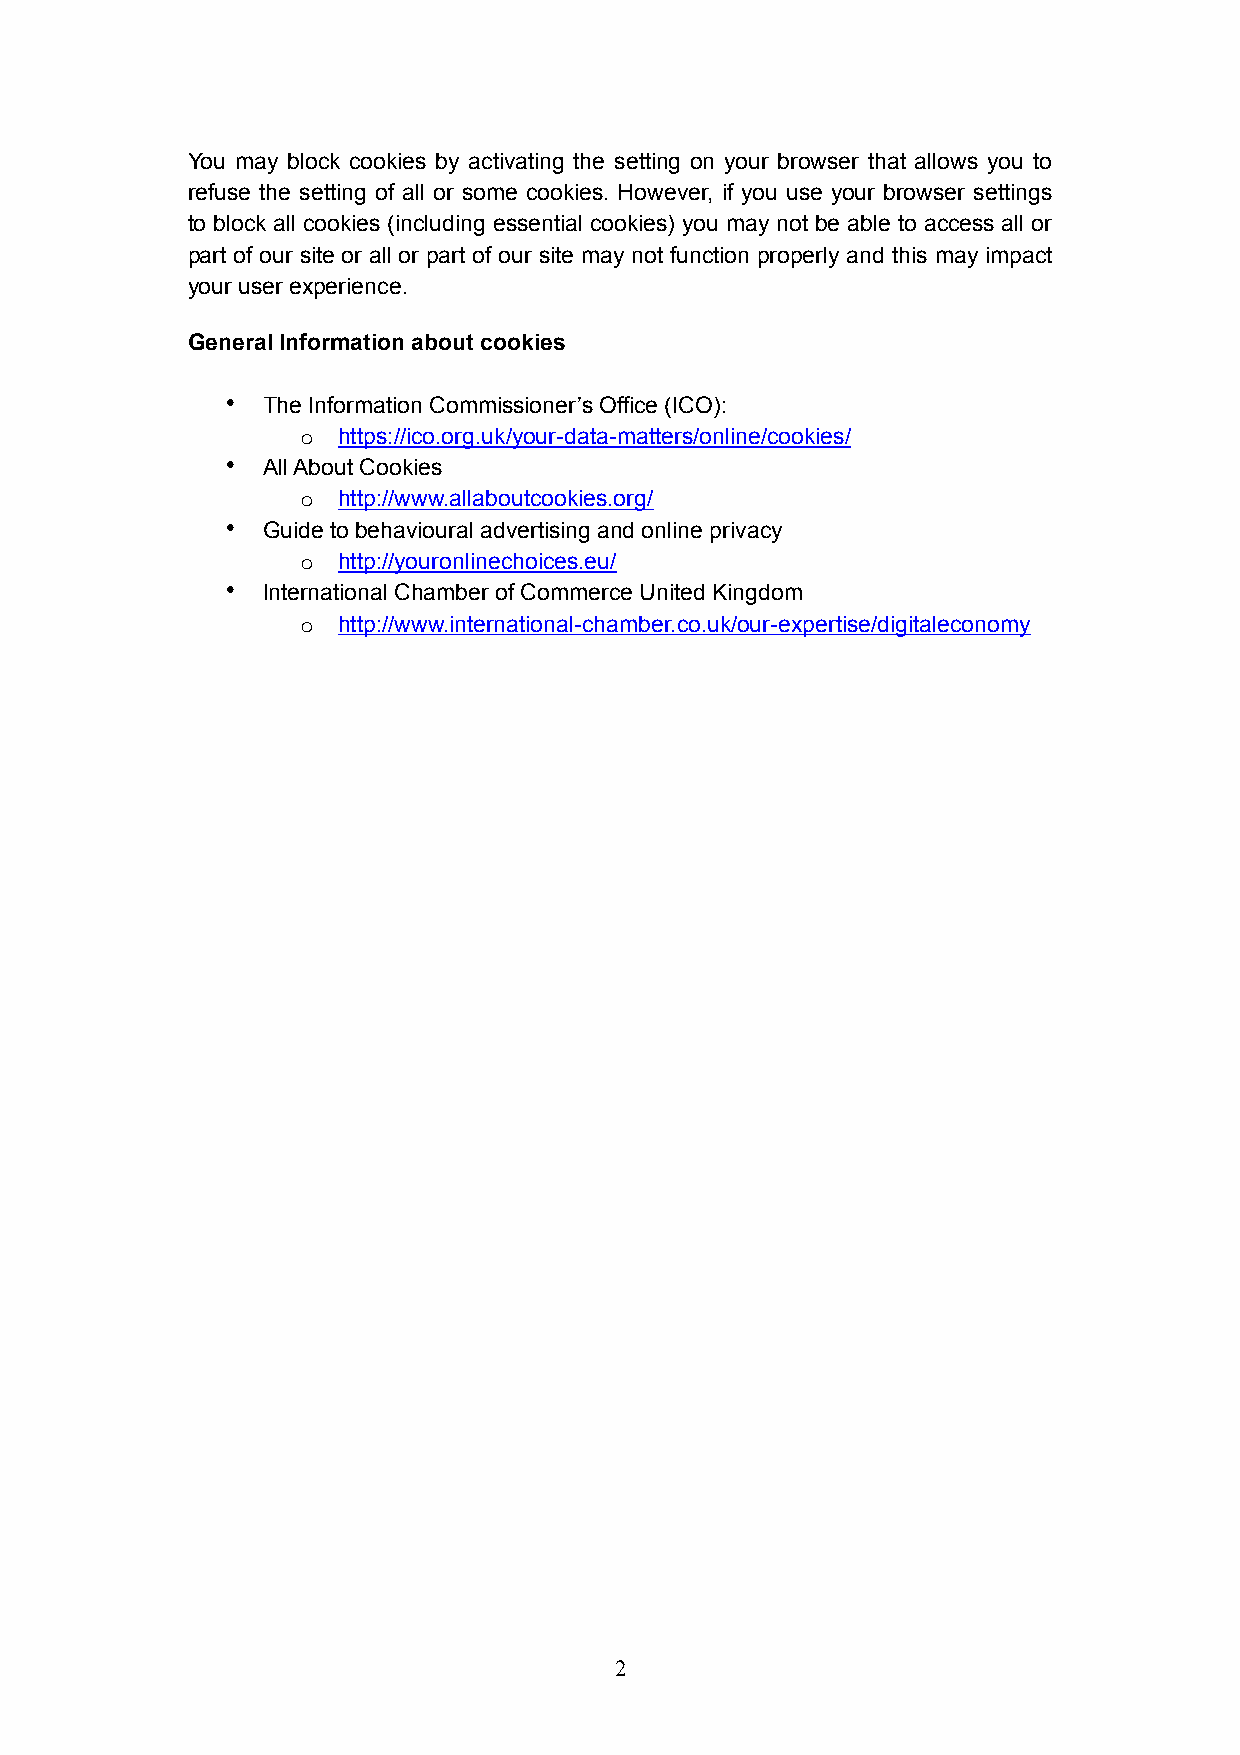
You may block cookies by activating the setting on your browser that allows you to
 refuse the setting of all or some cookies. However, if you use your browser settings
 to block all cookies (including essential cookies) you may not be able to access all or
 part of our site or all or part of our site may not function properly and this may impact
 your user experience.
 General Information about cookies
 • The Information Commissioner’s Office (ICO):
 o https://ico.org.uk/your-data-matters/online/cookies/
 • All About Cookies
 o http://www.allaboutcookies.org/
 • Guide to behavioural advertising and online privacy
 o http://youronlinechoices.eu/
 • International Chamber of Commerce United Kingdom
 o http://www.international-chamber.co.uk/our-expertise/digitaleconomy
 !2